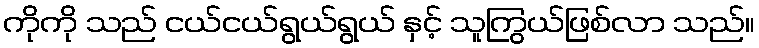
ကိုကို သည် ငယ်ငယ်ရွယ်ရွယ် နှင့် သူကြွယ်ဖြစ်လာ သည်။